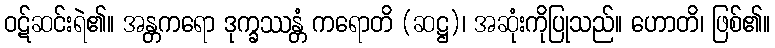
ဝဋ်ဆင်းရဲ၏။ အန္တကရော ဒုက္ခဿန္တံ ကရောတိ (ဆဋ္ဌ)၊ အဆုံးကိုပြုသည်။ ဟောတိ၊ ဖြစ်၏။